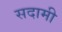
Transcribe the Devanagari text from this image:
सदामी